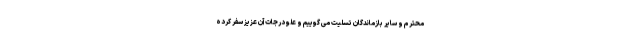
محترم و سایر بازماندگان تسلیت می گوییم و علو درجات آن عزیز سفر کرده